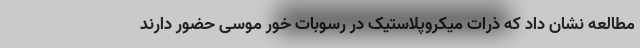
مطالعه نشان داد که ذرات میکروپلاستیک در رسوبات خور موسی حضور دارند